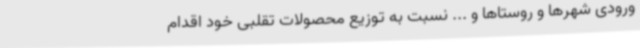
ورودی شهرها و روستاها و ... نسبت به توزیع محصولات تقلبی خود اقدام